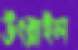
উৎরাইল